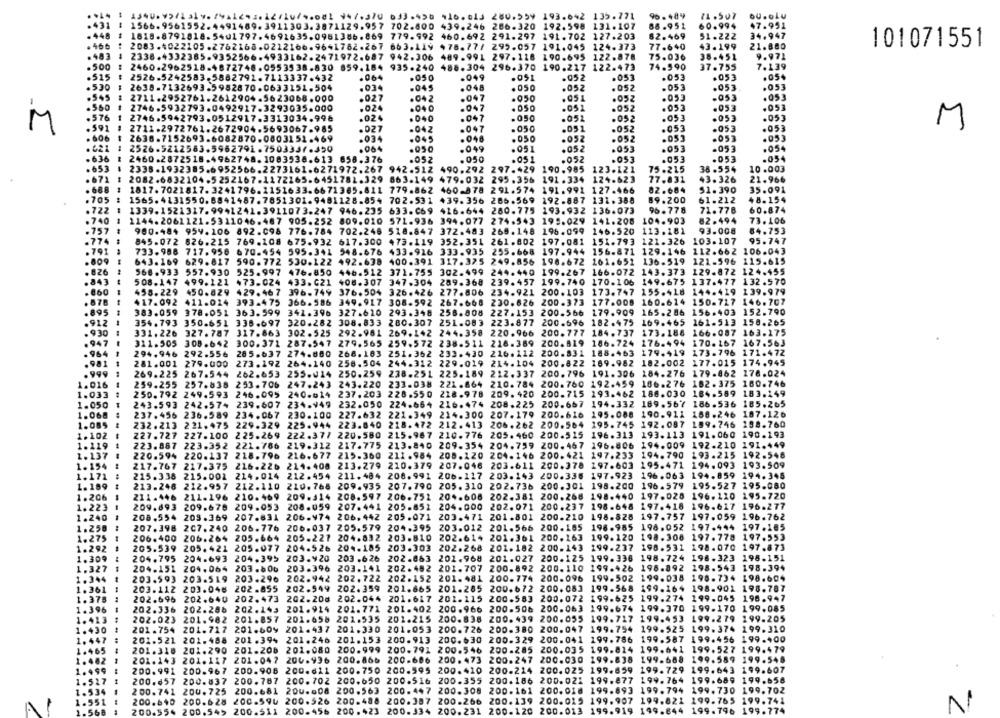
ou.oLu
** 14 1 1340.9971319.2411241.1271074.081 947.370 633.458 416.613 280.559 193.642 135.771
96. 489
71.507
.431
⑆ 1566.9561552.4491489.3911303.3871129.957 702.800 439.246 286.320 192.598 131.107
88.951
60.994
47.951
. 448
1
1818.8791818.5401797.4691635.0981386.869 779.992 460.692 291.297 191.702 127.203
62.469
51.222
34.947
2083.4022105.2762168.0212166.9641782.267. 663.119
478.77/ 299.057 191.045 124.373
77.640
43.199
21.880
101071551
.483
2336.4332385.9352566.4933162.2471972.687 942.306 489.991 297.118 190.695 122.878
75.036
38.451
9.971
.500
: 2460.2962518-4872748.0553538.830 859.184 935.240 488.304 296.370 190.227 122.473
74.590
37.755
7.139
.515
2526-5242583.5882792.7113337.432
. 064
.050
.049
.091
.052
.051
.053
.053
.05+
.530
2638.7132693.5982870.0633151.504
.034
-045
.048
. 050
.052
.053
.053
.053
2711.2952761.2612904.5623068.000
.027
.042
.047
.050
.051
.052
-053
.05
.560
2746.5932793.0492917.3293035.000
.024
.040
.047
. 050
.051
.052
. 053
.053
.053
. 576
2746.5942793.0512917.3313034.996
.024
.040
.097
.050
.052
.052
.051
.053
.053
M
. 591
2711.2972761.2672904.5693067.985
.027
.042
.047
. 050
.051
.052
.053
.053
.053
M
. 606
.052
.053
.053
2638.7152693.6082870.0803151.469
.034
.045
.046
.050
.052
.053
2526-5212583.5962791.7503337.450
.964
.049
.051
.052
.053
.053
-053
.054
. 636
.052
. 050
.051
.052
.053
.053
.054
2460.2872518.4962748.1083538.613 858.376
.053
. 653
2338-1932385.6952566.2273161.6271972.267
942.512
490.292
297.429
190.985
123.121
75.215
38.554
10.003
. 671
2082.6832104.5252167.1172265-6451782.329
863.149
479.032 295.356
191.334 124.623
77.831
43.326
21.966
. 688
1817.7021817.3241796.1151633.6671365.811
779.862
460-878 291.574
191.992 127.466
82.684
51.390
35.091
.705
1565.4131550.8841487.7851301.9461128.854
702.531
439.356 286.569
192-887 131.388
49.200
61.212
48.154
.722
1
7.99
13.24
193.932 136.073
96.778
71.778
60.874
1339.152131
633.069 416.644 280.775
.740
1144.2061121.5311046.487 905.252 809.010 571.936 394.077
274.543
199.029 141.208
104.903
82.494
73. 106
.757
900.484 954.106 892.098 776.784 702.246 518.847 372.483 269.148
196.099
146.520
113.181
93.008
84.753
.774
845.072
826.215 769.108 675.932 617.300
473.119
352.351 261.802
197.081 151.793 121.326
103.107
95.747
.791
733.988 717.956
670.454 595.341 548.676
433.916 333.935 255.668
197.944 156.871
129.146
112.662 106.043
.809
643.169
629.817 590.772 530.122 492.638 400.391 317.325
249.856
198.672 161.651
136.519 121-596 115.615
. 826
568.933
557.930 525.997 476.850 446.512 371.755 302.499 244.440
199.267 166.072 143.373
129.872 124.455
508.147
137.477 132.570
.843
499.121
473.024 433.C21 408.307 347.304 289.368
239.457 199.740 170.106
149.675
.860
458.229
450.829 429.467 396.749 376.504 326.426 277.806
234.921 200.103 173.747
155.418
144.419 139.979
. 878
417.092
411.024 393-475 366.586 349.917 308-592
267.668
230.626 200.373 177.008 160.614
150.717 146.707
. 895
383.059 378.051 363.599 341.396 327.610 293.348 258.808
227.153 200.566 179.909
165.286
156.403 152.790
.912
354.793
350.651 338.697 320.282 308.833 280.307 251.083
223.877
200.696 182.475
169.465
161-513 158.265
200.777
184.737
173.186
166.087 163.175
. 930
331. 226 327. 787 317.863 302.525 292.981 269.142 244.358
220.966
. 947
311.505
309.642 300.371 287.547 279.565
259.572
238-511 218-389
200.819
186.724
176.494
170.167
167.563
294.946
205.637 274.880 268.183
233.430
216.112 200.831 188.463
179.419
173.796
171.472
. 964
292.556
251.362
.981
281.001
279.000
273.192 264.140 258.504
244.312 229.019
214.104 200.822 169.982
182.002
177.015
174.945
269.225 267.544 262.653 255.014 250.259
238.251 225.189
212.337 200. 796 191.306 184.276
179-862 178.024
1.016
259.255
257.638
253.706 247.243
243.220
233.038
221.864
210.784 200.760 192.459 106.276 182.375 180.746
1.033
250.792 249.593
246.095 240.014
237.203
228.550
218.978
209.420 200.715 193.462 188.030 184.589 183.149
1.050
243.593 242.574
239.607 234-949
232.050
224.664
216.474 208.225
200.667 194.332 189.567 186.536 185.265
1.068
237.456 236.589 234.067 230.100
227.632 221.349
214.300
207.179
200.616 195.088 190.911 188.246
187.126
1.085
232.213 221.475 229.329 225.944
223.040
218.472 212.413
206.262 200.564 195.745 192.087 189.746 198.760
1.102
227.727 227.100 225.269 222.377
220.580
215.967
210.776
205.460 200.515 196.313 193.113
191.060 190.193
1.119
223.887 223.352 221.766
219.312 217.775 213.840 209.354 204.759 200.467 196.806 194.009 192.210 191.449
1.137
220.594 220.137 218.796 216.677
215.360 211.984 208.120 204.146 200.421 197.233 194.790 193.215 192.548
1.154
217.767 217.375 216.226 214.408 213.279 210.379 207.046
203.611 200.378 297.603 195.471 194.093 193.509
215.338 215.001 214.014 212.454 211.484 206.991 206.117 203.143 200.336 197.923
196.063 194.859 194.345
1.171
1. 189
1
213.248 212.957 212.110 210.768 209.935 207.790 205.310 202.736 200.301 198.200 196.579
195.527 195.060
211.446 211.196 210.469 209.314 208.597 206.752 204.608 202.381 200.268 198.440
197.028
196.110 195.720
1.206
1.223
209.893 209.678 209.053 208.059 207.441 205.851 204.000 202.071 200.237 198.648
197.418
196-617 196.277
1.240
208.554 203.369 207.831 206.974 206,442 205.071 203.471 201.801 200.210 198.828
197.757
197.059 196.762
1.250
207.398 207.240 206.776 206.037 205.579 204.395
203.012 201.566 200.185 198.985
198.052 197.444 197.185
1.275
206.400 206.264 205.664 205.227 204.832 203.810 202.614 201.361 200.163
199.120
198.308 197.778 197.553
204.185 203.303 202.268 201.182 200.143 199.237
198.531
198.070 197.873
1.292
205.539 205,421 205.077 204.526
1.309
204.795 204.693 204.395 203.420
203.626 202.063 201.968 201.027 200.125 199.336
198.724
198.323 198.151
1.327
204.151 204.064 203.606
203.396
203.141 202.482 201.707 200.892 200.110 199.426
198.892
198.543
198.394
1.344
203.593 203.519 203.296
202.942
202.722 202.152 201.481 200.774 200.096 199.502
199.038
198.734
198.604
1.361
203.112 203.046 202.855 202.549
202.359 201.665 201.285 200.672 200.083
199.568
199.164
198.901 198.787
1.375
202.696 202.640 202.473 202.20₫
202.044 201.617 201.115 200.583
200.072 199.625 199.274
199.045
196.947
1.396
-
202.336 202.286 202.143
201.914
201.771 201.402 200.966 200.506 200.063 199.674
199.370
199-170 199.085
202.023 201.982 201.857
201.658
201.535 201.215 200.838 200.439 200.055
199.727 199.453
199.279
199.205
1.413
1.430
201.754 201.717 201.609
201.437
201.330 201.053 200.726
200-380 200.047 199.754
199.525
199.374
199.310
201.521 201.488 201.394
201.246
201.153 200.913
200.630 200.329
200.041 199.786
199.587
199.456
199.400
1. 447
201.318 201.290 201.208
201.080
200.999 200.791
200.546 200-285
200.035
199.814
199.641
199.527 199.479
1.482
201.143 201.117 201.047 204.936 200.866 200-606
200. 473
200.247
200.030
199.838
199.688
199.589 199.548
1.499
200.991 200.967 200.908 200.611 200.750 200.595
200.410 200-214 200.025 199.659 199.729
199.643
199.607
1.527
200.657 200.837 200.787 200.702 200.650 200.516
200.355 200.186 200.022 199.877 199.764 199.689
199.658
200.741 200.725 200.681 200.008 200.563 200.447 200.308 200.161 200.018 199.893 199.794
199.730
199.702
1.551
200.640 200.628 200.594 200.526 200.488 200.387 200.266 200.139 200.015 199.907 199.821 199.765 199.741
A
.56
200.554 200.545 200.511 200.456 200.423 200.334 200.231 200.120 200.013
199.919 199.844 199.796 199.774